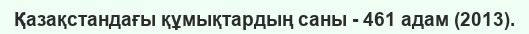
Қазақстандағы құмықтардың саны - 461 адам (2013).